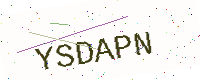
Text: YSDAPN